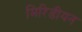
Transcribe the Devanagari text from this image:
मिरिडीयन